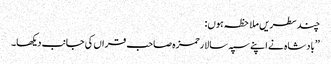
چندسطریں ملاحظہ ہوں:
’’بادشاہ نے اپنے سپہ سالارحمزہ صاحب قراں کی جانب دیکھا۔